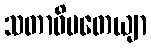
သတာဓိပတေယျာ